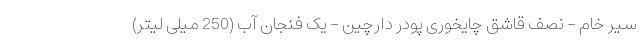
سیر خام - نصف قاشق چایخوری پودر دارچین - یک فنجان آب (250 میلی لیتر)